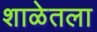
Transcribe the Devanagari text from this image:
शाळेतला